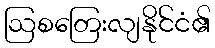
ဩစတြေးလျနိုင်ငံ၏